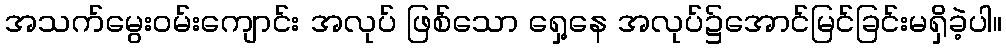
အသက်မွေးဝမ်းကျောင်း အလုပ် ဖြစ်သော ရှေ့နေ အလုပ်၌အောင်မြင်ခြင်းမရှိခဲ့ပါ။